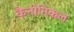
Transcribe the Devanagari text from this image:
कैनोनिकल